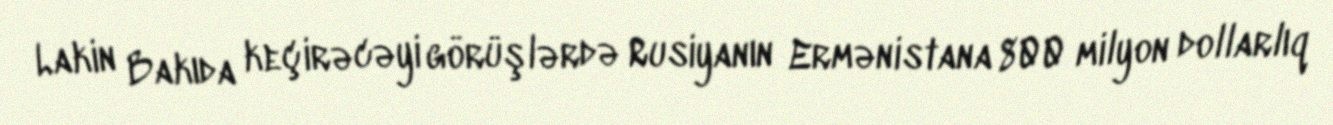
Lakin Bakıda keçirəcəyi görüşlərdə Rusiyanın Ermənistana 800 milyon dollarlıq